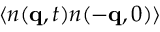
\langle n ( \mathbf { q } , t ) n ( - \mathbf { q } , 0 ) \rangle